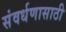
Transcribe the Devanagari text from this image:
संवर्धणासाठी